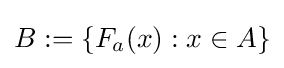
B:=\{F_{a}(x):x\in A\}